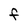
Character: F